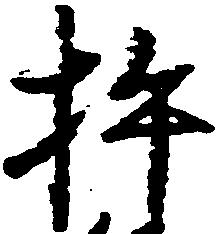
杵